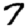
Digit: 7